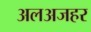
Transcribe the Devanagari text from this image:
अलअजहर